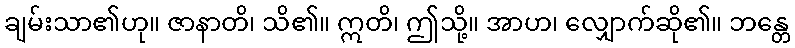
ချမ်းသာ၏ဟု။ ဇာနာတိ၊ သိ၏။ ဣတိ၊ ဤသို့။ အာဟ၊ လျှောက်ဆို၏။ ဘန္တေ